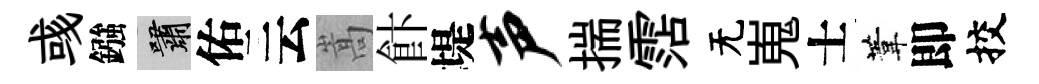
彧鏹嘯佑云嵩飰堤声揣霑无嵬士葦即挍